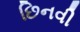
છિનવી